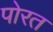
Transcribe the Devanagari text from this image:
पोरत